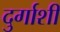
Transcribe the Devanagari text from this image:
दुर्गाशी